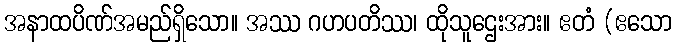
အနာထပိဏ်အမည်ရှိသော။ အဿ ဂဟပတိဿ၊ ထိုသူဌေးအား။ ဧတံ (ဧသော